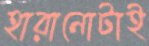
হারানোটাই